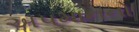
અપમાનનો